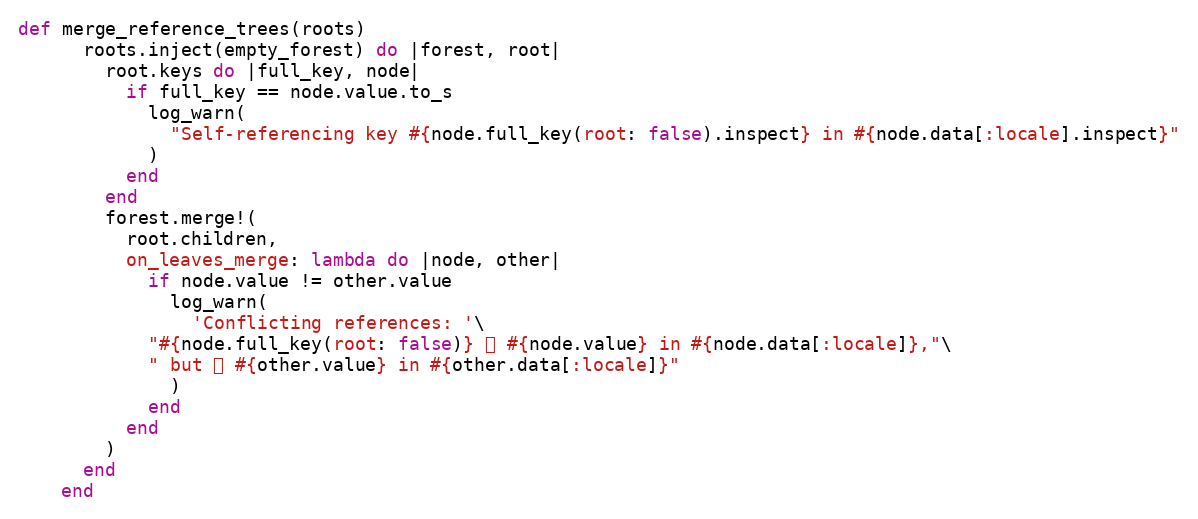
Language: Ruby
def merge_reference_trees(roots)
      roots.inject(empty_forest) do |forest, root|
        root.keys do |full_key, node|
          if full_key == node.value.to_s
            log_warn(
              "Self-referencing key #{node.full_key(root: false).inspect} in #{node.data[:locale].inspect}"
            )
          end
        end
        forest.merge!(
          root.children,
          on_leaves_merge: lambda do |node, other|
            if node.value != other.value
              log_warn(
                'Conflicting references: '\
            "#{node.full_key(root: false)} ⮕ #{node.value} in #{node.data[:locale]},"\
            " but ⮕ #{other.value} in #{other.data[:locale]}"
              )
            end
          end
        )
      end
    end